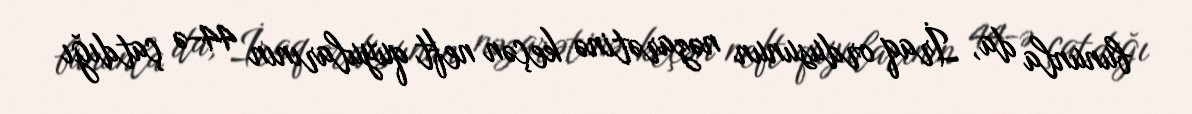
bununla da, İraq ordusunun nəzarətinə keçən neft quyularının 44-ə çatdığı